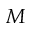
M